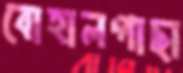
বোহালগাছা